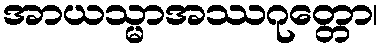
အာယသ္မာအဿဂုတ္တော၊